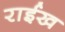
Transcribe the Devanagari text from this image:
राईख